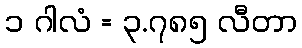
၁ ဂါလံ = ၃.၇၈၅ လီတာ